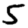
Digit: 5